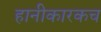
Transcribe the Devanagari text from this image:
हानीकारकच